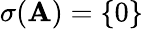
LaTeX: \sigma(\mathbf{A})=\{ 0\}